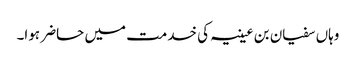
وہاں سفیان بن عیینہ کی خدمت میں حاضر ہوا۔